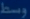
ووسط